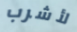
لأشرب